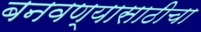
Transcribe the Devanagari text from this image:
बनवण्यासाठीचा